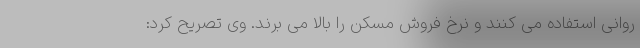
روانی استفاده می کنند و نرخ فروش مسکن را بالا می برند. وی تصریح کرد: